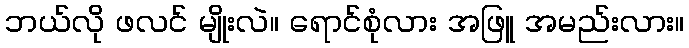
ဘယ်လို ဖလင် မျိုးလဲ။ ရောင်စုံလား အဖြူ အမည်းလား။